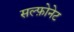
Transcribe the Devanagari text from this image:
सल्फ़ोनेट